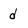
Character: d